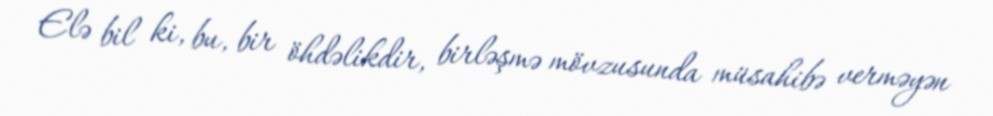
Elə bil ki, bu, bir öhdəlikdir, birləşmə mövzusunda müsahibə verməyən